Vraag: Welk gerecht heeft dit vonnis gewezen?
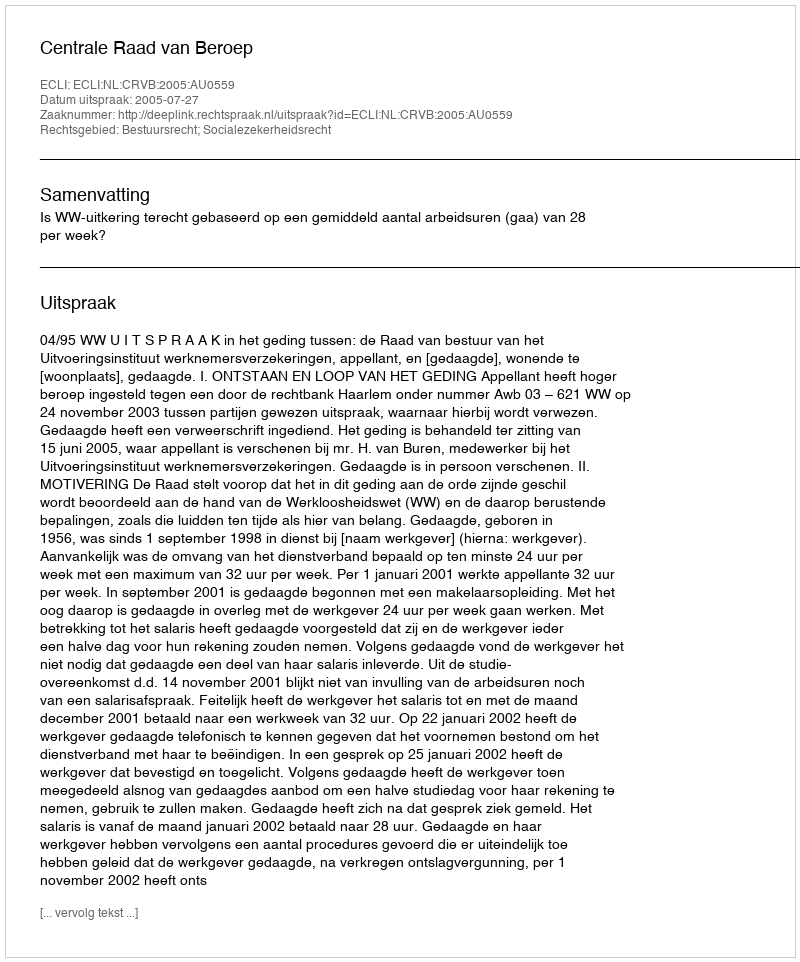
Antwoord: Centrale Raad van Beroep